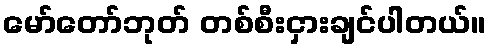
မော်တော်ဘုတ် တစ်စီးငှားချင်ပါတယ်။